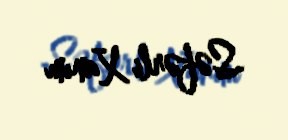
Səfərli Xanım